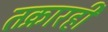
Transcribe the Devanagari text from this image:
तक्रारही